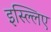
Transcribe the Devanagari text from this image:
इस्ल्लिए